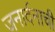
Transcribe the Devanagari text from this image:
जनार्दनाची